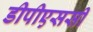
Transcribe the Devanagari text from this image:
डीपीएससी